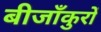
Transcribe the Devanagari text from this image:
बीजाँकुरों